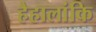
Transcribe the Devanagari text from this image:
हैहालांकि